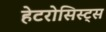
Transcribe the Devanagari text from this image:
हेटरोसिस्ट्स